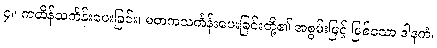
၄။ ကထိန်သင်္ကန်းပေးခြင်း၊ မတကသင်္ကန်းပေးခြင်းတို့၏ အစွမ်းဖြင့် ဖြစ်သော ဒါနကံ၊